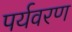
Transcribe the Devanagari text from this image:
पर्यवरण